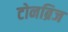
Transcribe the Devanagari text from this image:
टोनब्रिज